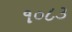
૧૦૮૩